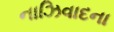
નાઝિવાદના